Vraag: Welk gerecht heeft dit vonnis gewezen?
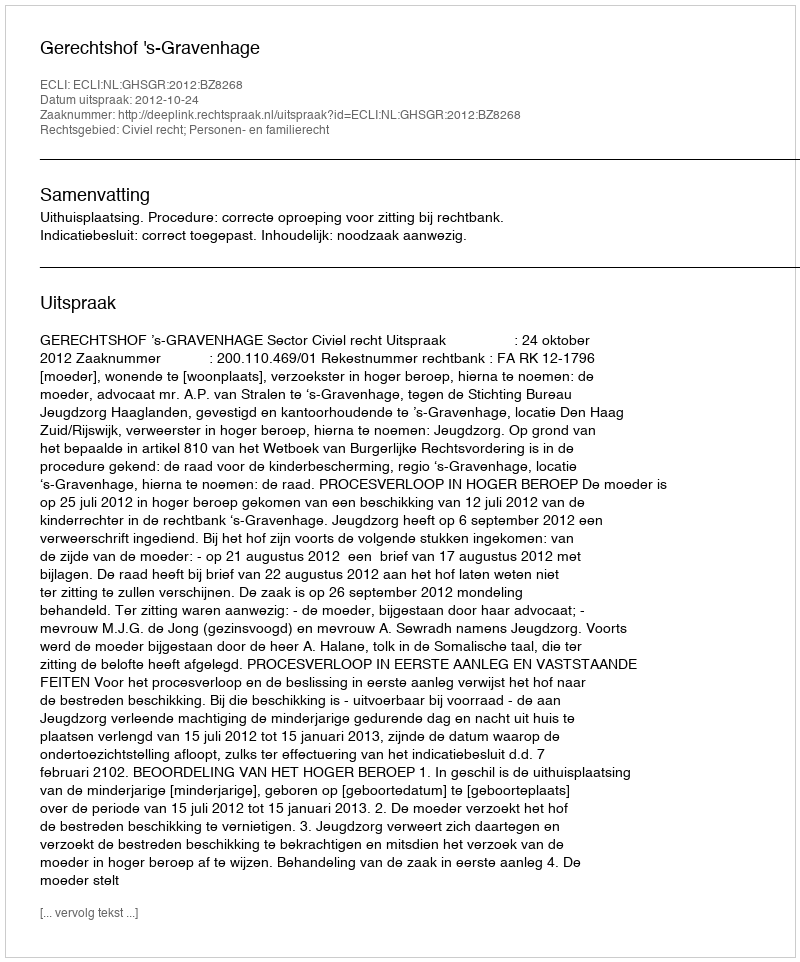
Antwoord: Gerechtshof 's-Gravenhage